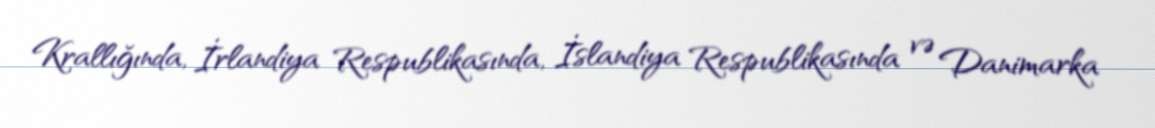
Krallığında, İrlandiya Respublikasında, İslandiya Respublikasında və Danimarka